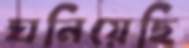
ঘনিয়েছি